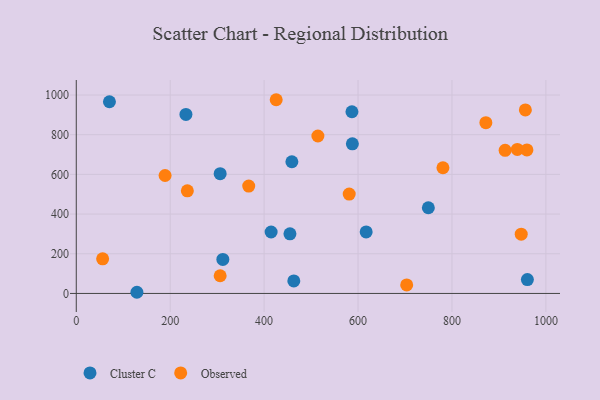
{"axis": {"x": "Speed", "y": "Sales"}, "legend": ["Cluster C", "Observed"], "data": [{"x": "459.1", "y": 663.6, "type": "Cluster C"}, {"x": "129.1", "y": 5.9, "type": "Cluster C"}, {"x": "414.9", "y": 309.6, "type": "Cluster C"}, {"x": "312.1", "y": 171.2, "type": "Cluster C"}, {"x": "306.4", "y": 603.3, "type": "Cluster C"}, {"x": "70.6", "y": 966.1, "type": "Cluster C"}, {"x": "587.9", "y": 754.1, "type": "Cluster C"}, {"x": "960.6", "y": 70.1, "type": "Cluster C"}, {"x": "617.3", "y": 310.2, "type": "Cluster C"}, {"x": "455.0", "y": 300.4, "type": "Cluster C"}, {"x": "749.7", "y": 431.9, "type": "Cluster C"}, {"x": "463.2", "y": 62.9, "type": "Cluster C"}, {"x": "587.0", "y": 915.5, "type": "Cluster C"}, {"x": "233.5", "y": 902.0, "type": "Cluster C"}, {"x": "703.6", "y": 42.9, "type": "Observed"}, {"x": "367.2", "y": 540.9, "type": "Observed"}, {"x": "872.2", "y": 860.5, "type": "Observed"}, {"x": "56.1", "y": 174.5, "type": "Observed"}, {"x": "425.7", "y": 976.2, "type": "Observed"}, {"x": "913.2", "y": 721.0, "type": "Observed"}, {"x": "236.5", "y": 517.0, "type": "Observed"}, {"x": "956.3", "y": 924.7, "type": "Observed"}, {"x": "581.2", "y": 501.0, "type": "Observed"}, {"x": "939.2", "y": 726.0, "type": "Observed"}, {"x": "189.1", "y": 594.3, "type": "Observed"}, {"x": "780.8", "y": 633.5, "type": "Observed"}, {"x": "959.6", "y": 723.0, "type": "Observed"}, {"x": "947.5", "y": 298.9, "type": "Observed"}, {"x": "306.4", "y": 89.1, "type": "Observed"}, {"x": "514.5", "y": 793.3, "type": "Observed"}]}